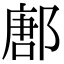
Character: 鄌